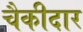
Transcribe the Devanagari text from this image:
चैकीदार